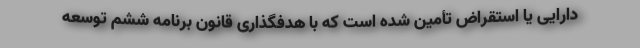
دارایی یا استقراض تأمین شده است که با هدفگذاری قانون برنامه ششم توسعه